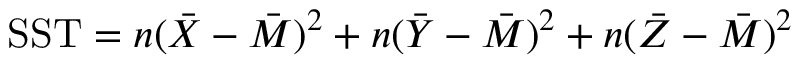
{ \mathrm { S S T } } = n ( { \bar { X } } - { \bar { M } } ) ^ { 2 } + n ( { \bar { Y } } - { \bar { M } } ) ^ { 2 } + n ( { \bar { Z } } - { \bar { M } } ) ^ { 2 }